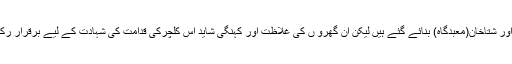
کتنے ڈانسنگ ہال اور شتاخان(معبدگاہ) بنائے گئے ہیں لیکن اُن گھرو ں کی غلاظت اور کہنگی شاید اس کلچرکی قدامت کی شہادت کے لیے برقرار رکھنی ضروری ہے۔